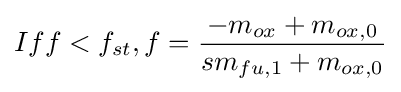
{Iff<f_{st},f={\frac {-m_{ox}+m_{ox,0}}{{sm}_{fu,1}+m_{ox,0}}}}